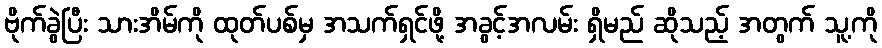
ဗိုက်ခွဲပြီး သားအိမ်ကို ထုတ်ပစ်မှ အသက်ရှင်ဖို့ အခွင့်အလမ်း ရှိမည် ဆိုသည့် အတွက် သူ့ကို